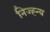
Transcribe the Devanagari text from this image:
निज्ह्न्य